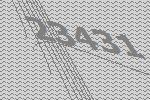
23431